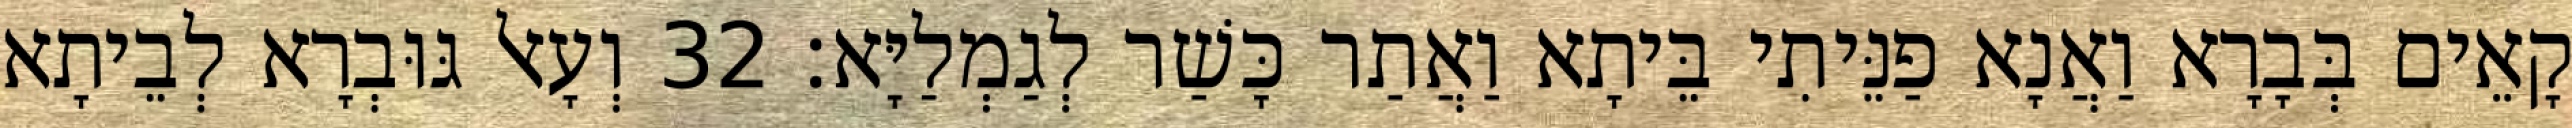
קָאֵים בְּבָרָא וַאֲנָא פַנֵּיתִי בֵּיתָא וַאֲתַר כָּשַׁר לְגַמְלַיָּא׃ 32 וְעָאל גּוּבְרָא לְבֵיתָא